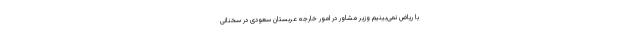
با ریاض نمی‌بینیم وزیر مشاور در امور خارجه عربستان سعودی در سخنانی